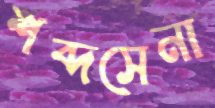
শব্দসেনা